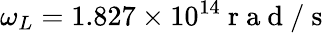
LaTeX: \omega_{L}=1.827\times 10^{14}\mathrm{~r~a~d~/~s~}